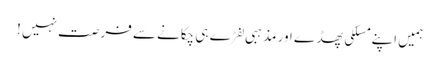
ہمیں اپنے مسلکی پھڈے اور مذہبی لفڑے ہی چکانے سے فرصت نہیں !